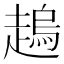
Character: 𧽋